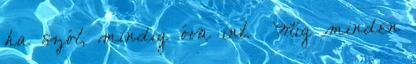
ha szól, mindig óva int. Míg minden